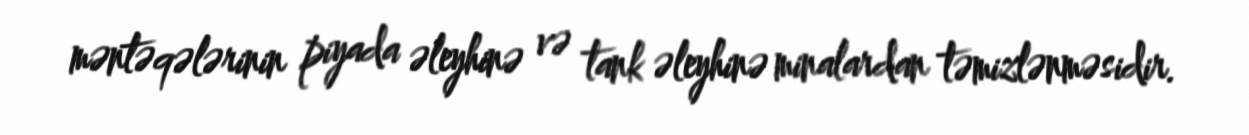
məntəqələrinin piyada əleyhinə və tank əleyhinə minalardan təmizlənməsidir.